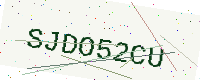
Text: SJDO52CU